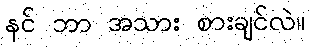
နင် ဘာ အသား စားချင်လဲ။